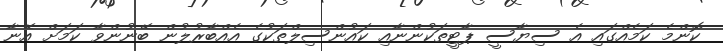
ކޮންމެ ކަމެއްގައި އެ ސިޔާސީ ޕާޓީތަކުންނާއި ކައުންސިލްތަކުގެ އެއްބާރުލުން ބޭނުންވާ ކަމަށް އޭނާ